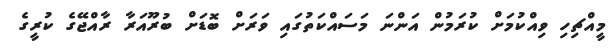
މީއްޗިހި ވިއްކުމަށް ކުރަމުން އަންނަ މަސައްކަތުގައި ވަރަށް ބޮޑަށް ބުރޫއަރާ ރާއްޖޭގެ ކުރީގެ